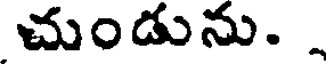
చుండును. .